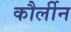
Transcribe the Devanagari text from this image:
कौर्लीन